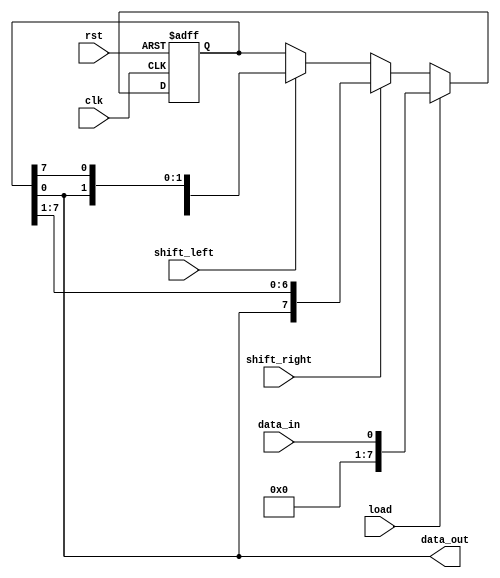
module bidirectional_shift_register (
    input wire clk,
    input wire rst,
    input wire shift_left,
    input wire shift_right,
    input wire load,
    input wire data_in,
    output reg data_out
);

reg [7:0] reg_data;

always @(posedge clk or posedge rst) begin
    if (rst) begin
        reg_data <= 8'd0;
    end else begin
        if (load) begin
            reg_data <= data_in;
        end else begin
            if (shift_left) begin
                reg_data <= {reg_data[6:0], reg_data[7]};
            end
            if (shift_right) begin
                reg_data <= {reg_data[0], reg_data[7:1]};
            end
        end
    end
end

assign data_out = reg_data;

endmodule